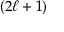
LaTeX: ( 2 \ell + 1 )